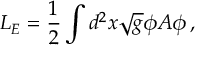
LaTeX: L _ { E } = \frac { 1 } { 2 } \int d ^ { 2 } x \sqrt { g } \phi A \phi \, ,